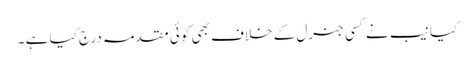
کیا نیب نے کسی جنرل کے خلاف بھی کوئی مقدمہ درج کیا ہے ۔